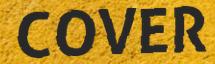
COVER